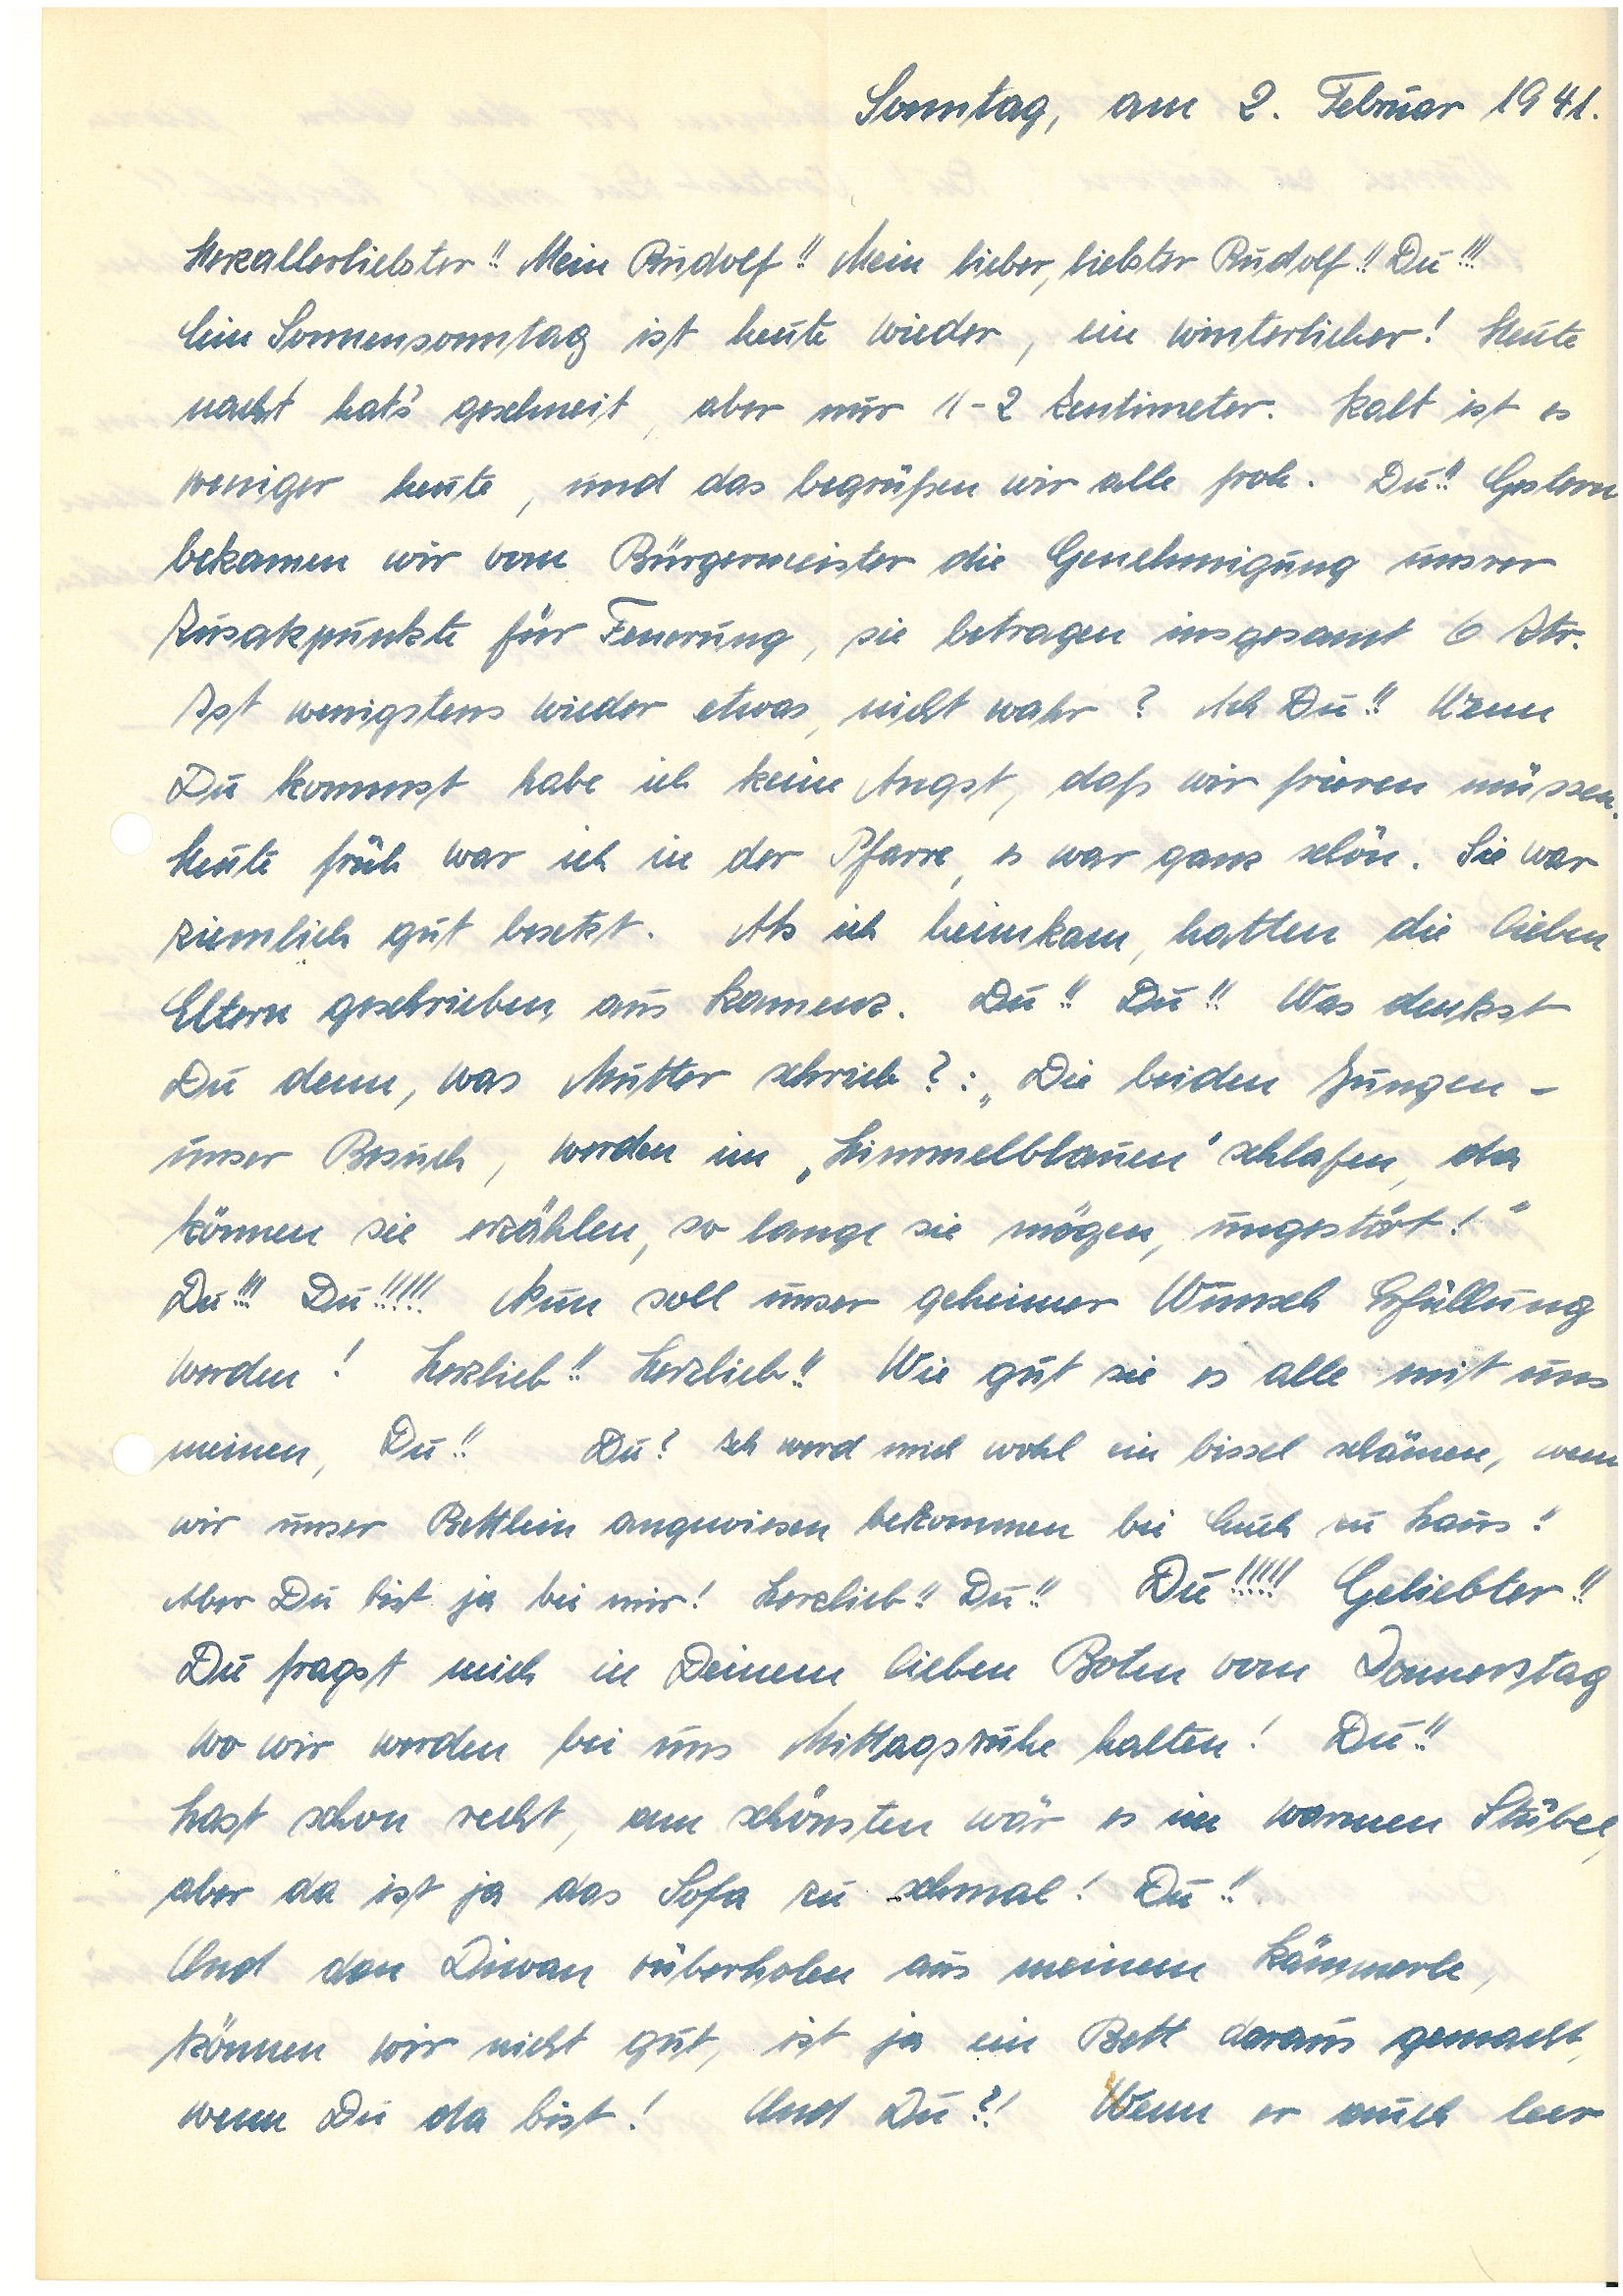
Sonntag, am 2. Februar 1941.
Herzallerliebster!! Mein !! Mein lieber, liebster !! Du!!!
Ein Sonnensonntag ist heute wieder, ein winterlicher! Heute
nacht hat’s geschneit, aber nur 1-2 Zentimeter. Kalt ist es
weniger heute, und das begrüßen wir alle froh. Du!! Gestern
bekamen wir vom Bürgermeister die Genehmigung unsrer
Zusatzpunkte für Feuerung, sie betragen insgesamt 6 Ztr.
Ist wenigstens wieder etwas, nicht wahr? Ach Du!! Wenn
Du kommst habe ich keine Angst, daß wir frieren müssen.
Heute früh war ich in der Pfarre, es war ganz schön. Sie war
ziemlich gut besetzt. Als ich heimkam, hatten die lieben
Eltern geschrieben aus K. Du!! Du!! Was denkst
Du denn, was Mutter schrieb?: „Die beiden Jungen –
unser Besuch, werden im „Himmelblauen” schlafen, da
können sie erzählen, so lange sie mögen, ungestört!”
Du!!! Du!!!!!!! Nun soll unser geheimer Wunsch Erfüllung
werden! Herzlieb!! Herzlieb!! Wie gut sie es alle mit uns
meinen, Du!! Du? Ich werd mich wohl ein bissel schämen, wenn
wir unser Bettlein angewiesen bekommen bei Euch zu Haus!
Aber Du bist ja bei mir! Herzlieb!! Du!! Du!!!!! Geliebter!!
Du fragst mich in Deinem lieben Boten vom Donnerstag
wo wir werden bei uns Mittagsruhe halten! Du!!
Hast schon Recht, am schönsten wär es im warmen Stübel
aber da ist ja das Sofa zu schmal! Du!!
Und den Diwan rüberholen aus meinem Kämmerle,
können wir nicht gut, ist ja ein Bett daraus gemacht,
wenn Du da bist! Und Du?! Wenn er auch leer